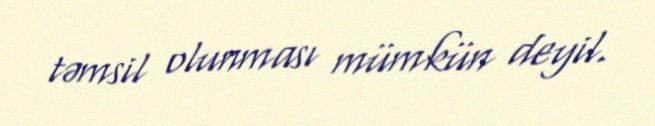
təmsil olunması mümkün deyil.